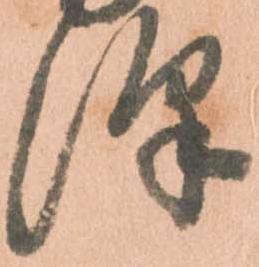
澤